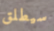
سيطلق